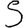
Digit: 5